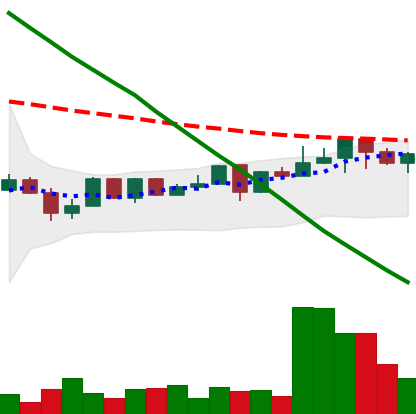
Ticker: NEO-USD
Chart end date: 2022-12-15
Forward return: -9.872%
Label: down_7plus